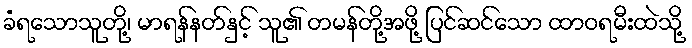
ခံရသောသူတို့၊ မာရန်နတ်နှင့် သူ၏ တမန်တို့အဖို့ ပြင်ဆင်သော ထာဝရမီးထဲသို့